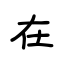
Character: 在